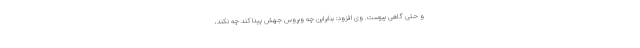
و حتی گاهی یبوست. وی افزود: بنابراین چه ویروس جهش پیدا کند چه نکند،